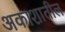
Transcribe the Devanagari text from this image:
अकाशातील